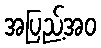
အပြည့်အဝ